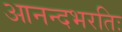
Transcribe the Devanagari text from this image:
आनन्दभरतिः